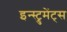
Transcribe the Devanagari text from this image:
इन्स्ट्रुमेंट्‌स